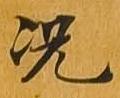
況